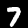
Label: 7